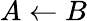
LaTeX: A\leftarrow B